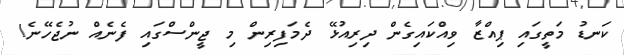
ކަނޑު މަތީގައި ޕިއްޒާ ވިއްކައިގެން ދިރިއުޅޭ ދެމަފިރިން މި ޖީންސްގައި ފެނެއް ނުޖެހޭނެ!